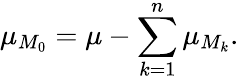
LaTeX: \mu_{M_{0}}=\mu-\sum_{k=1}^{n}\mu_{M_{k}}.